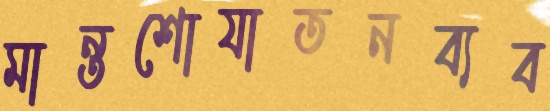
মান্তশোযাতনব্যব